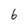
Character: 6